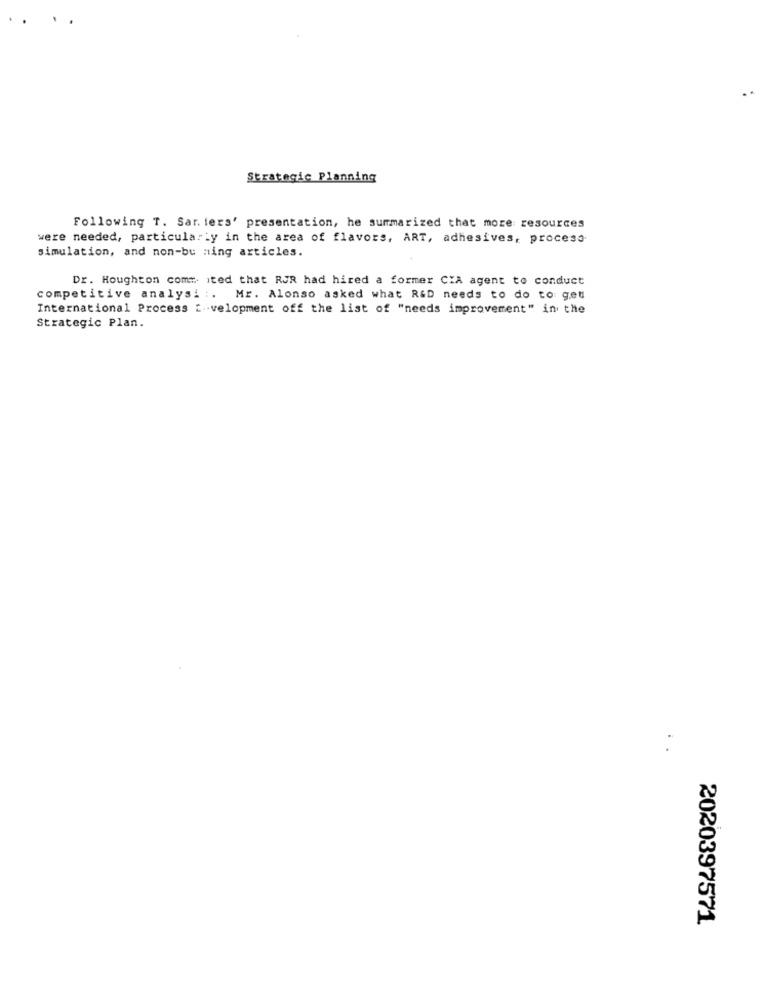
Strategic Planning
Following T. Sar. ters' presentation, he summarized that more resources
were needed, particularly in the area of flavors, ART, adhesives, proceso
simulation, and non-bu ning articles.
Dr. Houghton comm ited that RJR had hired a former CIA agent to conduct
competitive analysi :. Mr. Alonso asked what R&D needs to do to get
International Process i.velopment off the list of "needs improvement" in the
Strategic Plan.
2020397571